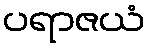
ပရာဇယံ